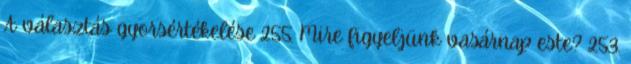
A választás gyorsértékelése 255. Mire figyeljünk vasárnap este? 253.